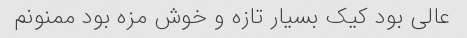
عالی بود کیک بسیار تازه و خوش مزه بود ممنونم